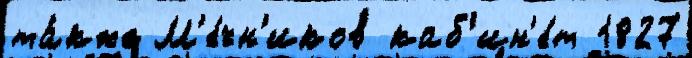
та́кже М'е́чн'иков каб'ин'е́т 1827